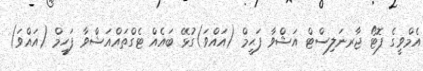
އެމްވީގެ ފޮޓޯ ޖާރނަލިސްޓް އަޝްވާ ފަޙީމް (އައްވަ)ގުޅޭ ބައެއް ޓެގްތައްއަޝްވާ ފަހީމް (އައްވަ)